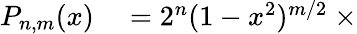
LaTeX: \begin{array}{rl}{P_{n,m}(x)}&{{}=2^{n}(1-x^{2})^{m/2}\ \times}\end{array}